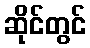
ဆိုင်တွင်